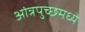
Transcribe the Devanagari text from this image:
आंत्रपुच्छमध्ये